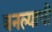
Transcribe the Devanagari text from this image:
बनल्याची